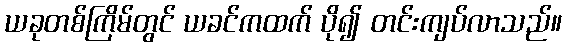
ယခုတစ်ကြိမ်တွင် ယခင်ကထက် ပို၍ တင်းကျပ်လာသည်။